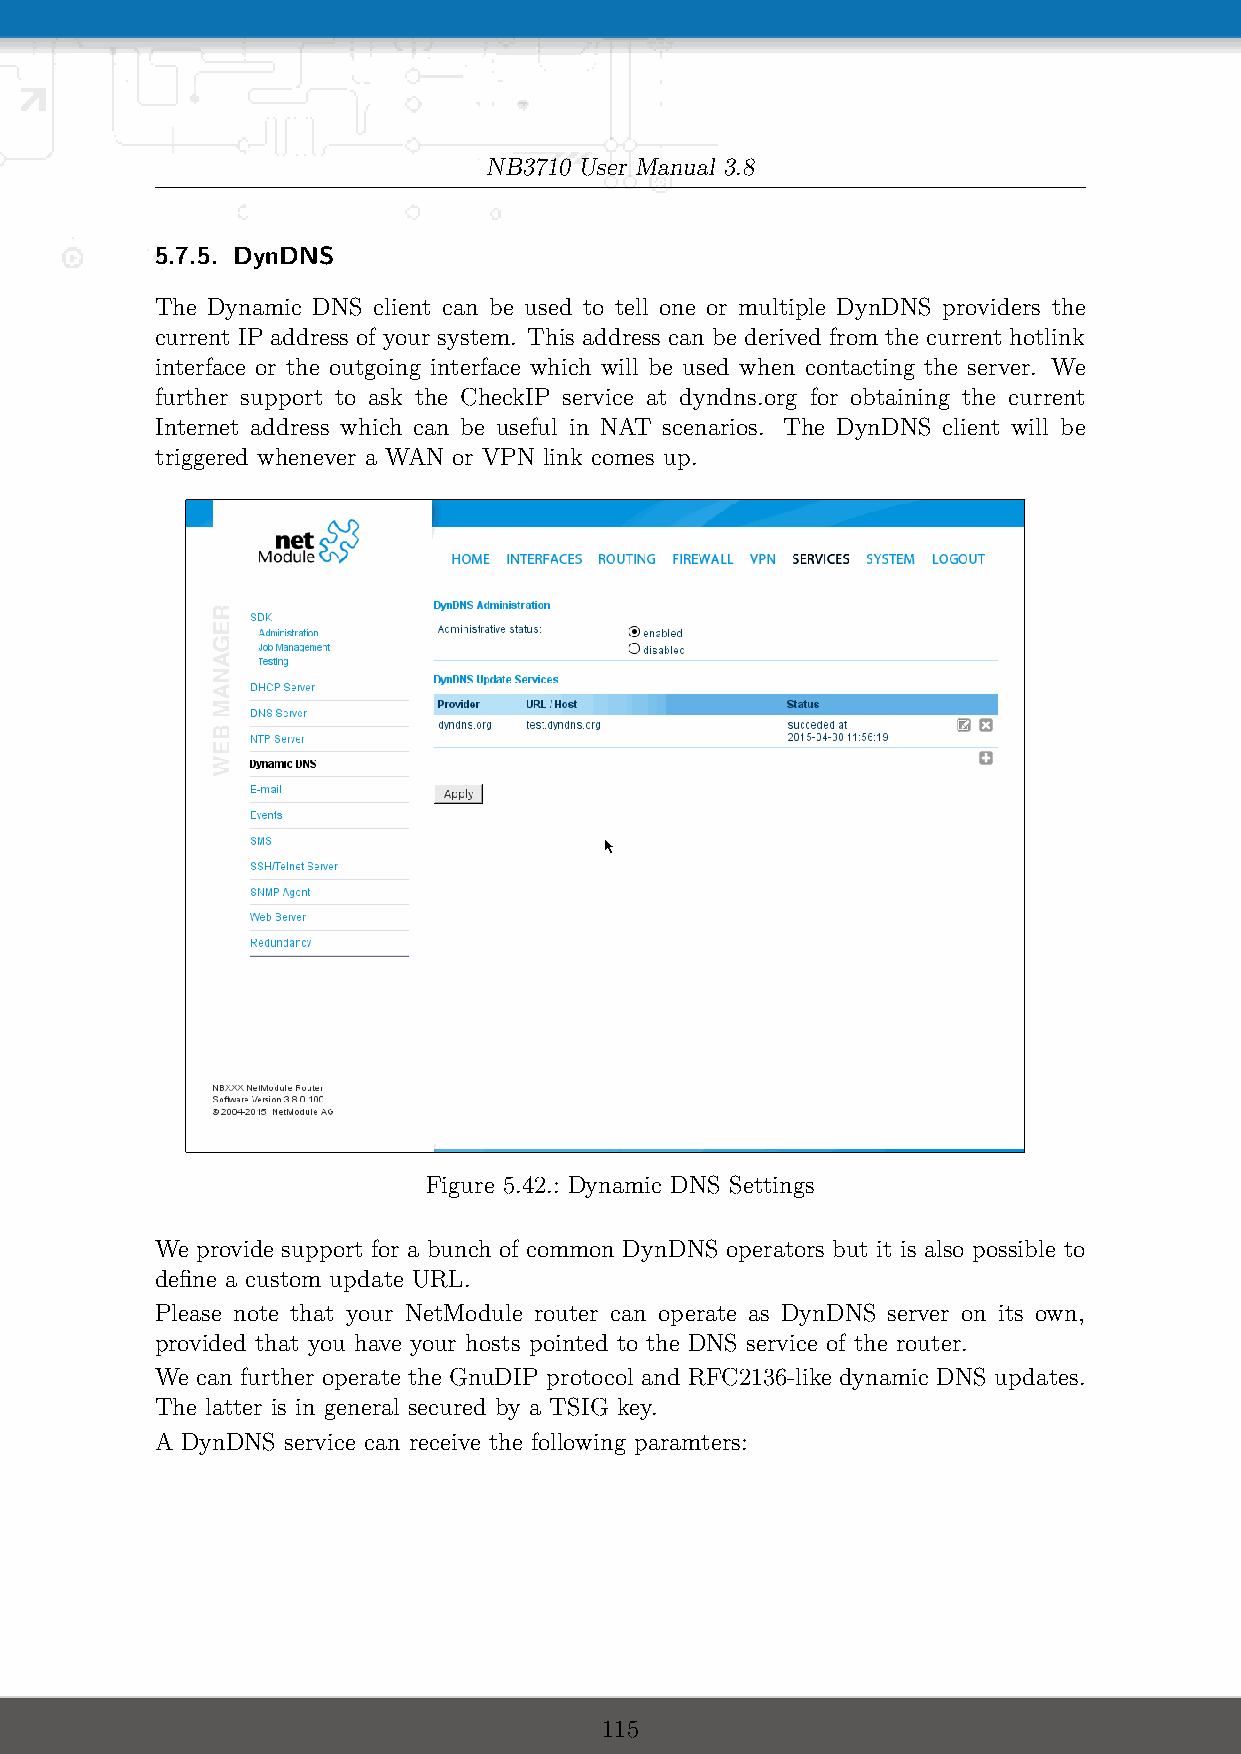
NB3710 User Manual 3.8
 5.7.5. DynDNS
 The Dynamic DNS client can be used to tell one or multiple DynDNS providers the
 current IP address of your system. This address can be derived from the current hotlink
 interface or the outgoing interface which will be used when contacting the server. We
 further support to ask the CheckIP service at dyndns.org for obtaining the current
 Internet address which can be useful in NAT scenarios. The DynDNS client will be
 triggered whenever a WAN or VPN link comes up.
 Figure 5.42.: Dynamic DNS Settings
 We provide support for a bunch of common DynDNS operators but it is also possible to
 define a custom update URL.
 Please note that your NetModule router can operate as DynDNS server on its own,
 provided that you have your hosts pointed to the DNS service of the router.
 We can further operate the GnuDIP protocol and RFC2136-like dynamic DNS updates.
 The latter is in general secured by a TSIG key.
 A DynDNS service can receive the following paramters:
 115